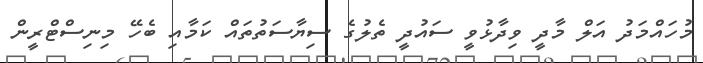
މުހައްމަދު އަލް މާދީ ވިދާޅުވީ ސައުދީ ތެލުގެ ސިޔާސަތުތައް ކަމާއި ބެހޭ މިނިސްޓްރީން